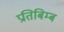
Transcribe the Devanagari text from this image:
प्रतिबिम्‍ब